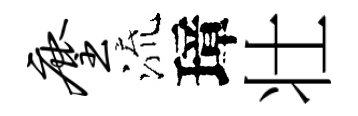
麈流璋壮